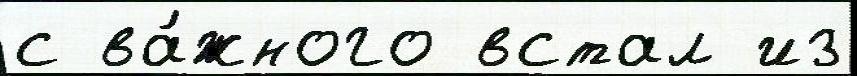
с ва́жного встал из